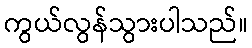
ကွယ်လွန်သွားပါသည်။